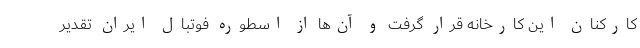
کارکنان این کارخانه قرار گرفت و آن‌ها از اسطوره فوتبال ایران تقدیر